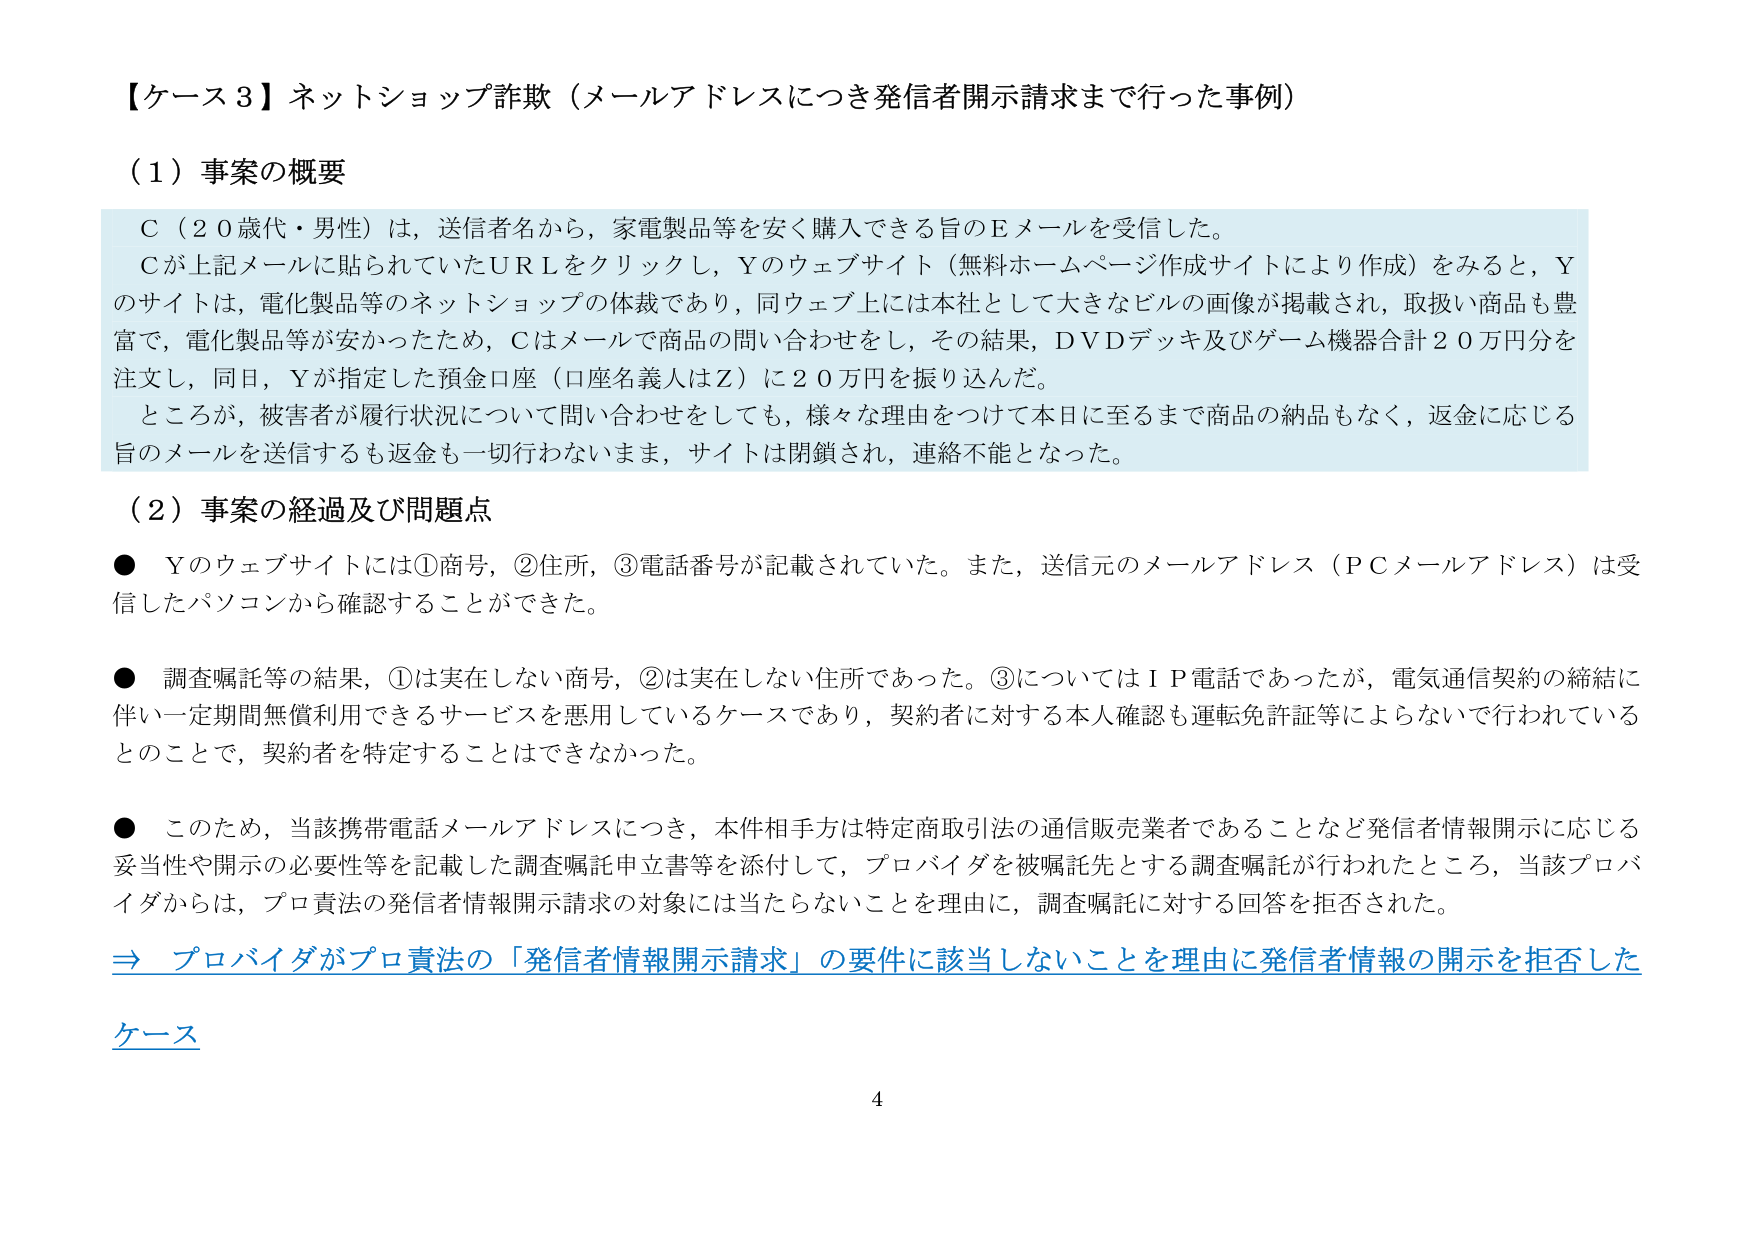
【ケース３】ネットショップ詐欺（メールアドレスにつき発信者開示請求まで行った事例）

（１）事案の概要

Ｃ（２０歳代・男性）は、送信者名から、家電製品等を安く購入できる旨のＥメールを受信した。
Ｃが上記メールに貼られていたＵＲＬをクリックし，Ｙのウェブサイト（無料ホームページ作成サイトにより作成）をみると，Ｙのサイトは，電化製品等のネットショップの体裁であり，同ウェブ上には本社として大きなビルの画像が掲載され，取扱い商品も豊富で，電化製品等が安かったため，Ｃはメールで商品の問い合わせをし，その結果，ＤＶＤデッキ及びゲーム機器合計２０万円分を注文し，同日，Ｙが指定した預金口座（口座名義人はＺ）に２０万円を振り込んだ。
ところが，被害者が履行状況について問い合わせをしても，様々な理由をつけて本日に至るまで商品の納品もなく，返金に応じる旨のメールを送信するも返金も一切行わないまま，サイトは閉鎖され，連絡不能となった。

（２）事案の経過及び問題点

● Ｙのウェブサイトには①商号，②住所，③電話番号が記載されていた。また，送信元のメールアドレス（ＰＣメールアドレス）は受信したパソコンから確認することができた。

● 調査嘱託等の結果，①は実在しない商号，②は実在しない住所であった。③についてはＩＰ電話であったが，電気通信契約の締結に伴い一定期間無償利用できるサービスを悪用しているケースであり，契約者に対する本人確認も運転免許証等によらないで行われているとのことで，契約者を特定することはできなかった。

● このため，当該携帯電話メールアドレスにつき，本件相手方は特定商取引法の通信販売業者であることなど発信者情報開示に応じる妥当性や開示の必要性等を記載した調査嘱託申立書等を添付して，プロバイダを被嘱託先とする調査嘱託が行われたところ，当該プロバイダからは，プロ責法の発信者情報開示請求の対象には当たらないことを理由に，調査嘱託に対する回答を拒否された。

⇒ プロバイダがプロ責法の「発信者情報開示請求」の要件に該当しないことを理由に発信者情報の開示を拒否したケース

4